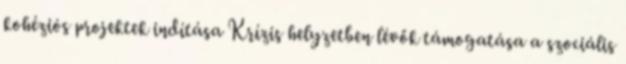
kohéziós projektek indítása Krízis helyzetben lévők támogatása a szociális